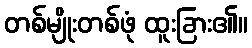
တစ်မျိုးတစ်ဖုံ ထူးခြား၏။